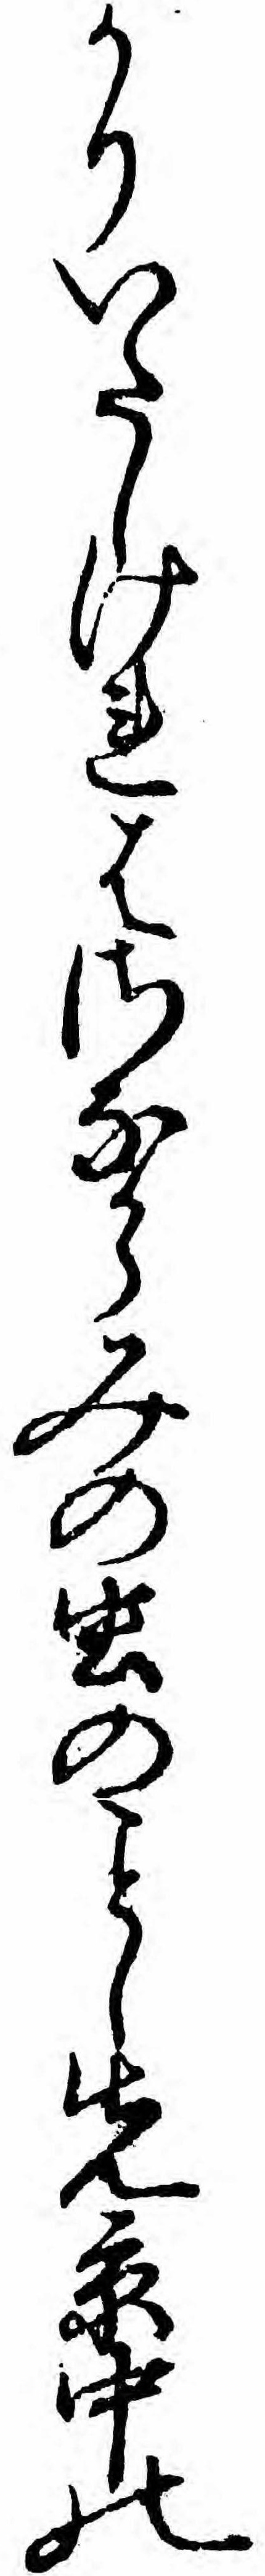
かりいたしけれはさなからみの虫のし先京中の